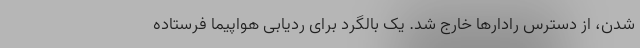
شدن، از دسترس رادارها خارج شد. یک بالگرد برای ردیابی هواپیما فرستاده